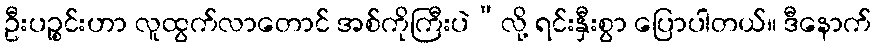
ဦးပဉ္စင်းဟာ လူထွက်လာတောင် အစ်ကိုကြီးပဲ”လို့ ရင်းနှီးစွာ ပြောပါတယ်။ ဒီနောက်